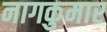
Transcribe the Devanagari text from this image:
नागकुमार